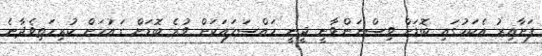
ފަށާއިރު އެކަމުގައި ބޮޑަށް ވިސްނަންވާނީ ދީނީ މައްސަލައަކަށް ވުރެ ބޮޑަށް ގައުމަށް ކުރިމަތިވެދާނެ